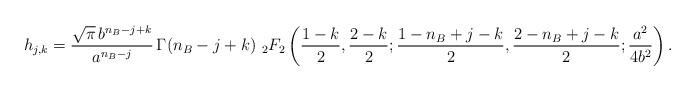
LaTeX: \begin{align*}h_{j,k}=\frac{\sqrt{\pi}\,b^{n_B-j+k}}{a^{n_B-j}}\,\Gamma(n_B-j+k)\, \,_2F_2\left(\frac{1-k}{2},\frac{2-k}{2};\frac{1-n_B+j-k}{2},\frac{2-n_B+j-k}{2};\frac{a^2}{4b^2}\right).\end{align*}